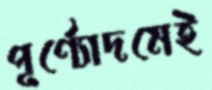
পূর্ণ্যোদমেই